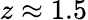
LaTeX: z\approx 1.5